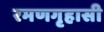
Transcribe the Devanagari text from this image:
रमणगृहासी